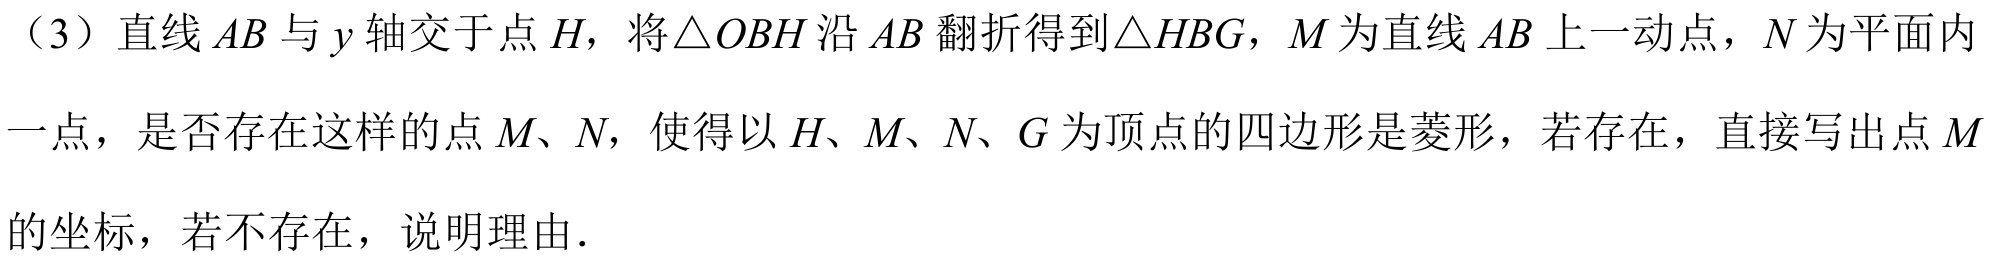
（3）直线\(AB\)与\(y\)轴交于点\(H\)，将\(\triangle OBH\)沿\(AB\)翻折得到\(\triangle HBG\)，\(M\)为直线\(AB\)上一动点，\(N\)为平面内一点，是否存在这样的点\(M、N\)，使得以\(H、M、N、G\)为顶点的四边形是菱形，若存在，直接写出点\(M\)的坐标，若不存在，说明理由．